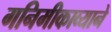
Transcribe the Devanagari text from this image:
गनिमीकाव्याने